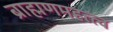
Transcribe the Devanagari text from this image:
ब्राह्मणमहत्त्व